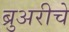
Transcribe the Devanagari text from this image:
ब्रुअरीचे